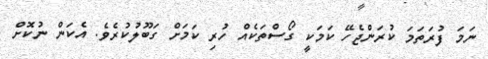
ނަމަ ފުރަތަމަ ކުރަންޖެހޭ ކަމަކީ ގޯސްތަކެއް ހުރި ކަމަށް ގަބޫލުކުރެވެ. އެކަން ނުކޮށް